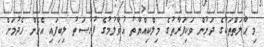
މި ޙާލަތްތަކުގެ ދަށުން ވަކިފަރާތުގެ މިލްކިއްޔާތު އުވާލުމުގެ ފުރުސަތު ލިބިފައި އެހެން ހެދުމަށް